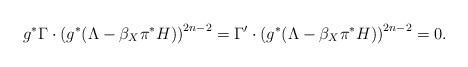
LaTeX: \begin{align*}g^*\Gamma \cdot \left(g^*(\Lambda-\beta_X\pi^*H)\right)^{2n-2} = \Gamma'\cdot \left(g^*(\Lambda-\beta_X\pi^*H)\right)^{2n-2} = 0.\end{align*}